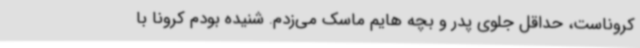
کروناست، حداقل جلوی پدر و بچه هایم ماسک می‌زدم. شنیده بودم کرونا با